Annual report on the mental hospital in the Central Provinces and Berar (Nagpur) - 1927-1951
Year: 1927
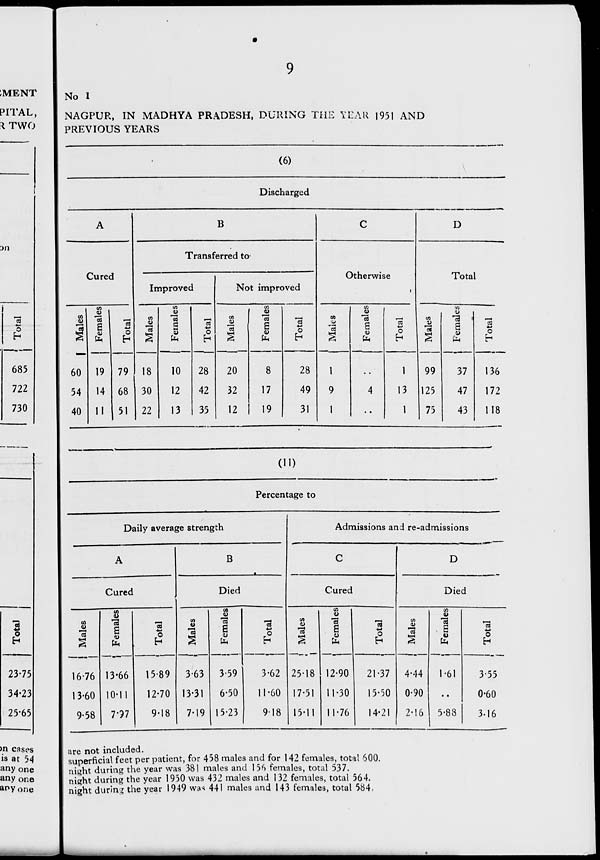
No I
NAGPUR, IN MADHYA PRADESH, DURING THE YEAR 1951 AND
PREVIOUS YEARS
(6)
Discharged
Cured
B
Transferred to
Improved
CO
60
54
40
CO
a
to
19
14
II
O
79
68
51
CO
A
18
30
22
CO
"3
g
to
10
12
13
*->
o
28
42
35
Not improved
CO
V
a
20
32
12
CO
E
<u
to
8
17
19
03
O
h
28
49
31
Otherwise
CO
"3
1
9
1
co
s
to
03
O
D
Total
1
13
1
Males
j Females
■—
99
37
125
47
75
43
(11)
Percentage to
are not included.
superficial feet per patient, for 458 males and for 142 females, total 600.
ni^ht during the year was 381 males and 156 females, total 537.
nit»ht during the year 1950 was 432 males and 132 females, total 564.
night during the year 1949 wa* 441 males and 143 females, total 584,
C3
o
h
136
172
118
Daily average strength
Admissions and re-admissions
A
B
•
C
D
Cured
■
Died
Cured
Die d
co
<u
03
CO
0)
"c3
a
to
"e3
o
Males
tA
<U
03
a
to
Total
CA
*03
Females
13 a
o
CO
"03
a
CO
a
1)
to
a
o
H
-
16-76 13-66
15-89
3-63
3-59
3-62 25-18 12-90
21-37
4-44
1-61
3-55
13-60 10-11
12-70 13-31
6-50
11-60 17-51 11-30
15-50
0-90
0-60
9-58
7-97
9-18
7-19 15-23
918 15-11 11-76
14-21
2-16
5-88
3-16